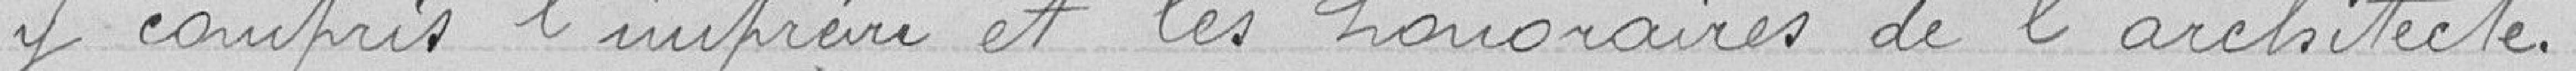
y compris l'imprévu et les honoraires de l'architecte.